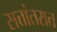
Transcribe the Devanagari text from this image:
सत्तांतरात